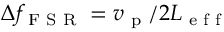
\Delta f _ { \textrm { F S R } } = v _ { \textrm { p } } / 2 L _ { \textrm { e f f } }